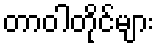
တာဝါတိုင်များ